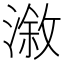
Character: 漵